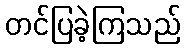
တင်ပြခဲ့ကြသည်